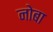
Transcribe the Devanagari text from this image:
नोबा